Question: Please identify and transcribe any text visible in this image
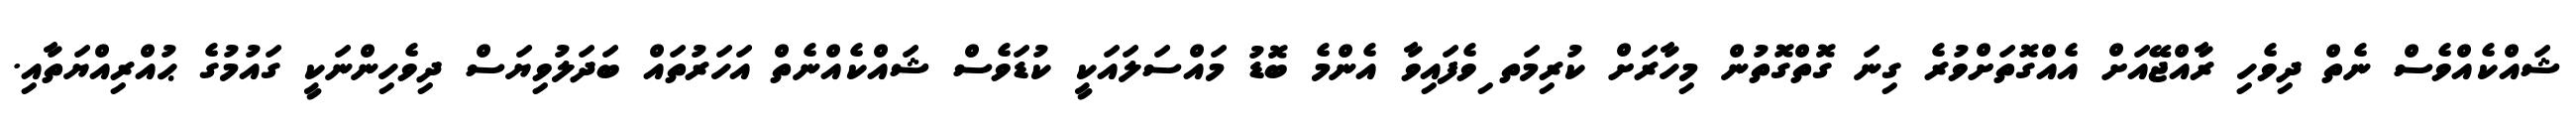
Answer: ޝައްކެއްވެސް ނެތް ދިވެހި ރާއްޖޭއަށް އެއްގޮތަށްވުރެ ގިނަ ގޮތްގޮތުން މިހާރަށް ކުރިމަތ ިވެފައިވާ އެންމެ ބޮޑު މައްސަލައަކީ ކުޑަވެސް ޝައްކެއްނެތް އަހަރުތައް ބަދަލުވިޔަސް ދިވެހިންނަކީ ގައުމުގެ ޙުއްރިއްޔަތާއި.